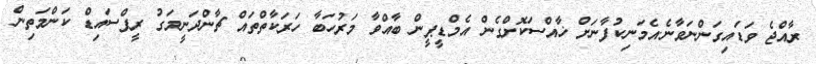
ރާއްޖެ ވަޑައިގަންނަވާނެ.އެމަނިކުފާނަށް ޚާއްސަކޮށްގެން އެމްޑީޕީން ބާއްވާ މަރުހަބާ ހަރަކާތްތައް ޗާންދަނީމަގު ރީފްސައިޑް ކަންމަތިން